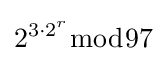
2^{3\cdot 2^{r}}{\bmod {9}}7